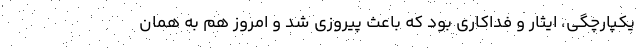
یکپارچگی، ایثار و فداکاری بود که باعث پیروزی شد و امروز هم به همان